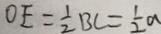
O E = \frac { 1 } { 2 } B C = \frac { 1 } { 2 } a